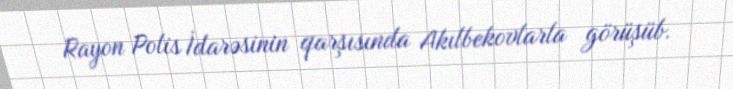
Rayon Polis İdarəsinin qarşısında Akılbekovlarla görüşüb.